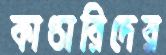
কাণ্ডারিদের